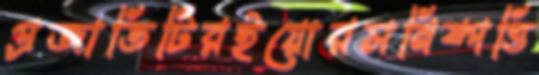
প্রজাতিটিরইয়োরসনিষ্পত্তি